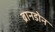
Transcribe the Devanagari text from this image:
ब्रानडोन